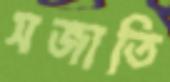
সজাতি